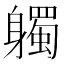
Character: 𨊒